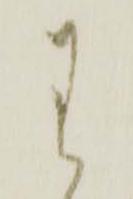
わ